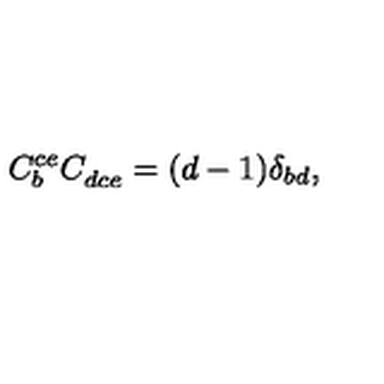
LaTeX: C _ { b } ^ { c e } C _ { d c e } ^ { \ } = ( d - 1 ) \delta _ { b d } ,